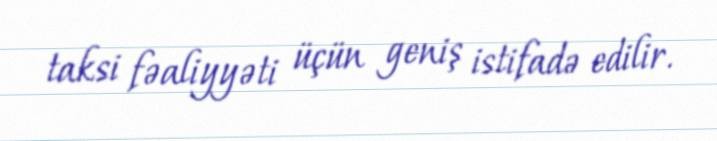
taksi fəaliyyəti üçün geniş istifadə edilir.